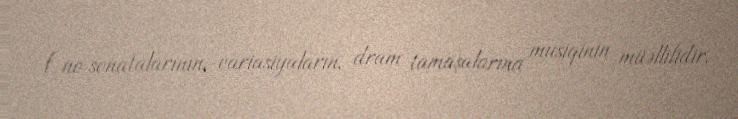
f-no sonatalarının, variasiyaların, dram tamaşalarına musiqinin müəllifidir.